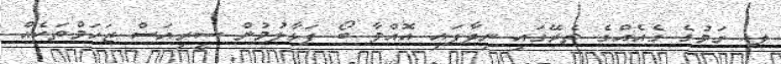
ލ. ގަމުގެ ގެއެއްގެ ތެރޭގައި ނިދާފައި އޮއްވާ ބޯ ފަޅާލުމުން ސީރިއަސް ޒަހަމްތަކެއް